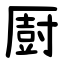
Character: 㕑